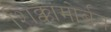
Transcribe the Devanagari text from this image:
शिक्कामोर्बत